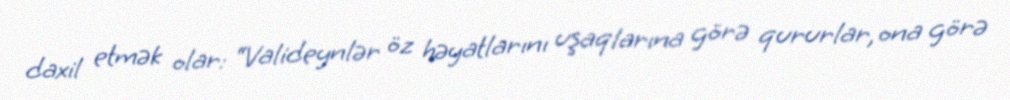
daxil etmək olar: “Valideynlər öz həyatlarını uşaqlarına görə qururlar, ona görə